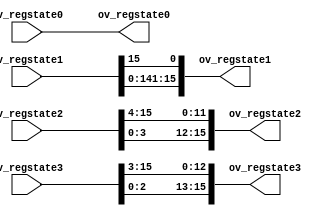
module p_shift_state(
        iv_regstate0,
        iv_regstate1,
        iv_regstate2,
        iv_regstate3,
        ov_regstate0,
        ov_regstate1,
        ov_regstate2,
        ov_regstate3
        );
  input[15:0] iv_regstate0;
  input[15:0] iv_regstate1;
  input[15:0] iv_regstate2;
  input[15:0] iv_regstate3;
  output[15:0] ov_regstate0;
  output[15:0] ov_regstate1;
  output[15:0] ov_regstate2;
  output[15:0] ov_regstate3;

  assign ov_regstate0 = iv_regstate0;
  assign ov_regstate1 = {iv_regstate1[14:0],iv_regstate1[15]};
  assign ov_regstate2 = {iv_regstate2[3:0],iv_regstate2[15:4]};
  assign ov_regstate3 = {iv_regstate3[2:0],iv_regstate3[15:3]};

endmodule